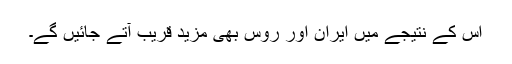
اس کے نتیجے میں ایران اور روس بھی مزید قریب آتے جائیں گے۔